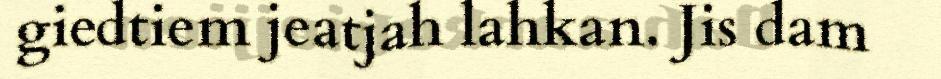
giedtiem jeatjah lahkan. Jis dam